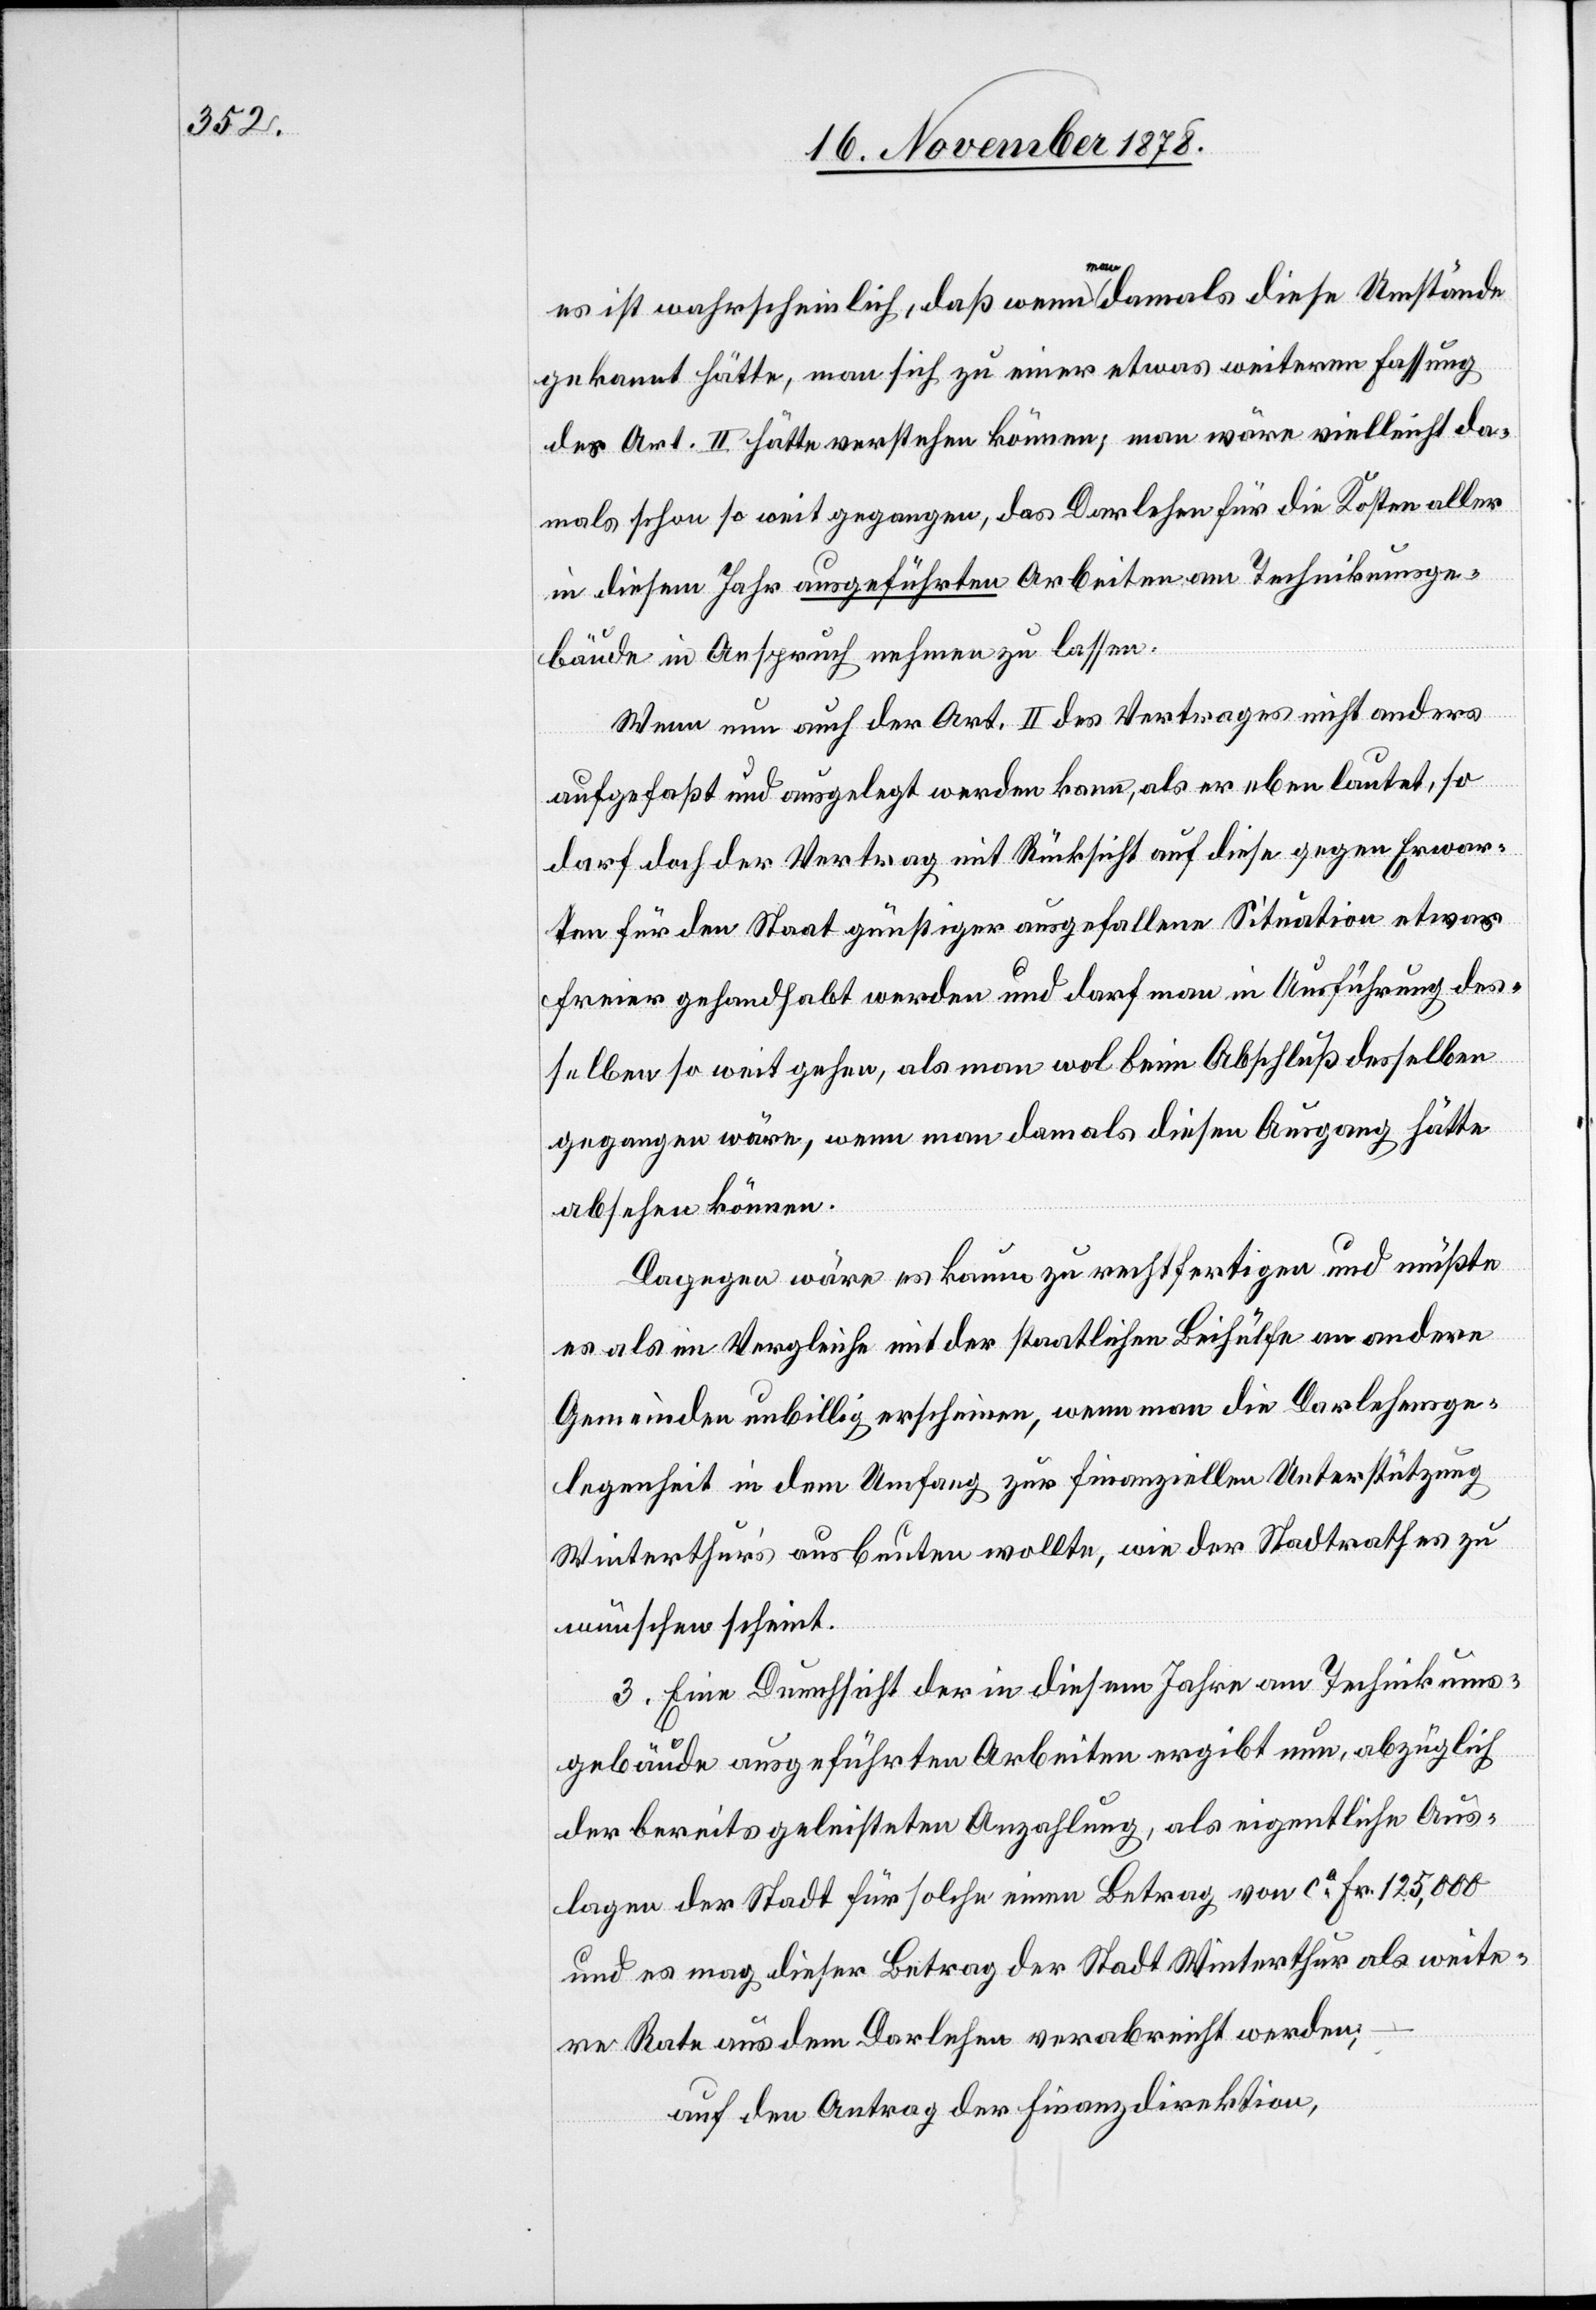
es ist wahrscheinlich, daß wenn man damals diese Umstände
gekannt hätte, man sich zu einer etwas weiteren Fassung
des Art. II hätte verstehen können; man wäre vielleicht da¬
mals schon so weit gegangen, das Darlehen für die Kosten aller
in diesem Jahr ausgeführten Arbeiten am Technikumsge¬
bäude in Anspruch nehmen zu lassen.
Wenn nun auch der Art. II des Vertrages nicht anders
aufgefaßt und ausgelegt werden kann, als er eben lautet, so
darf doch der Vertrag mit Rücksicht auf diese gegen Erwar¬
ten für den Staat günstiger ausgefallene Situation etwas
freier gehandhabt werden und darf man in Ausführung des¬
selben so weit gehen, als man wol beim Abschluß desselben
gegangen wäre, wenn man damals diesen Ausgang hätte
absehen können.
Dagegen wäre es kaum zu rechtfertigen und müßte
es als im Vergleiche mit der staatlichen Beihülfe an andere
Gemeinden unbillig erscheinen, wenn man die Darlehensge¬
legenheit in dem Umfang zur finanziellen Unterstützung
Winterthur’s ausbeuten wollte, wie der Stadtrathes zu
wünschen scheint.
3. Eine Durchsicht der in diesem Jahre am Technikums¬
gebäude ausgeführten Arbeiten ergibt nun, abzüglich
der bereits geleisteten Anzahlung, als eigentliche Aus¬
lagen der Stadt für solche einen Betrag von ca Fr. 125,000
und es mag dieser Betrag der Stadt Winterthur als weite¬
re Rate aus dem Darlehen verabreicht werden,
auf den Antrag der Finanzdirektion,